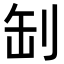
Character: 㓡